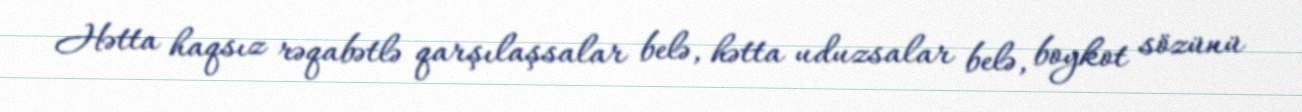
Hətta haqsız rəqabətlə qarşılaşsalar belə, hətta uduzsalar belə, boykot sözünü